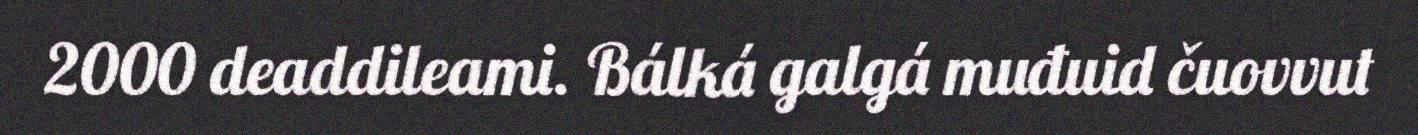
2000 deaddileami. Bálká galgá muđuid čuovvut